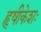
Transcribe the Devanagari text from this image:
हृषीकेशः